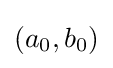
(a_{0},b_{0})